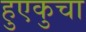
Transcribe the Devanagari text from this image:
हुएकुचा